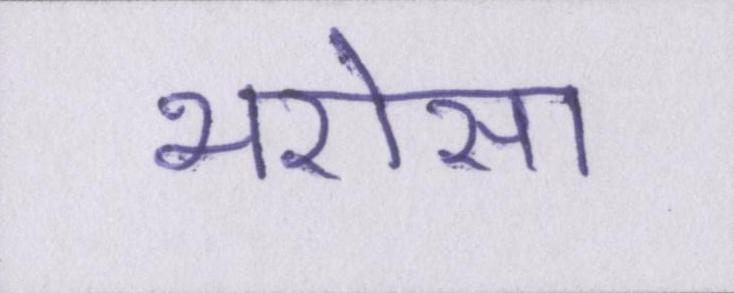
भरोसा